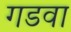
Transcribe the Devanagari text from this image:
गडवा